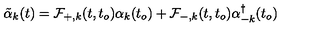
\tilde { \alpha } _ { k } ( t ) = { \cal { F } } _ { + , k } ( t , t _ { o } ) { \alpha } _ { k } ( t _ { o } ) + { \cal { F } } _ { - , k } ( t , t _ { o } ) { \alpha } _ { - k } ^ { \dagger } ( t _ { o } )